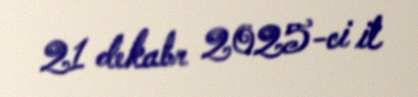
21 dekabr 2025-ci il